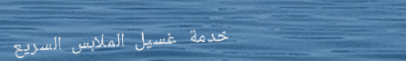
خدمة غسيل الملابس السريع